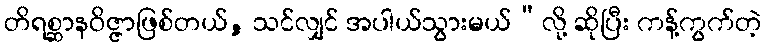
တိရစ္ဆာနဝိဇ္ဇာဖြစ်တယ်, သင်လျှင် အပါယ်သွားမယ်”လို့ ဆိုပြီး ကန့်ကွက်တဲ့